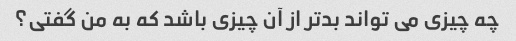
چه چیزی می تواند بدتر از آن چیزی باشد که به من گفتی؟